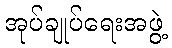
အုပ်ချုပ်ရေးအဖွဲ့